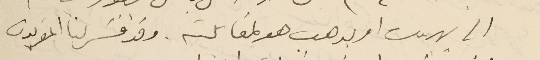
الى بيروت او يذهب هو لمقابلته. وقد فسَر لنا المقربون